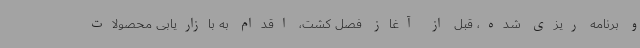
و برنامه ریزی شده، قبل از آغاز فصل کشت، اقدام به بازاریابی محصولات